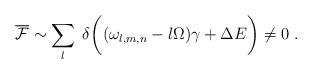
LaTeX: \begin{align*}\overline{\cal F}\sim \sum_l\; \delta \biggl( (\omega_{l,m,n} -l\Omega)\gamma +\Delta E\biggr)\neq 0 \; . \end{align*}